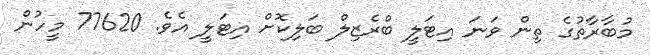
މުބާރާތުގެ ތިން ވަނަ އިޓަލީ ބްރެޒިލް ބަލިކޮށް އިޓަލީ އެވެ. 77620 މީހުން